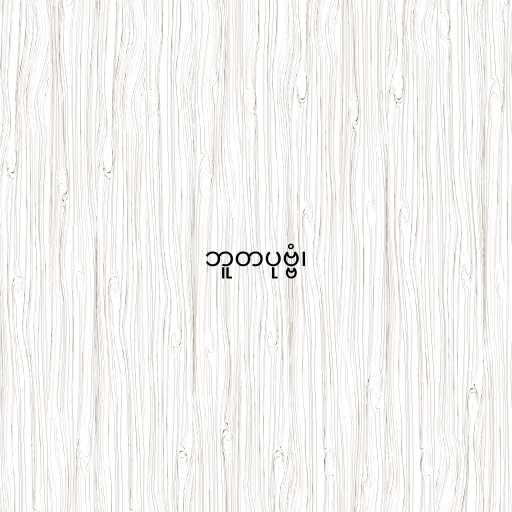
ဘူတပုဗ္ဗံ၊